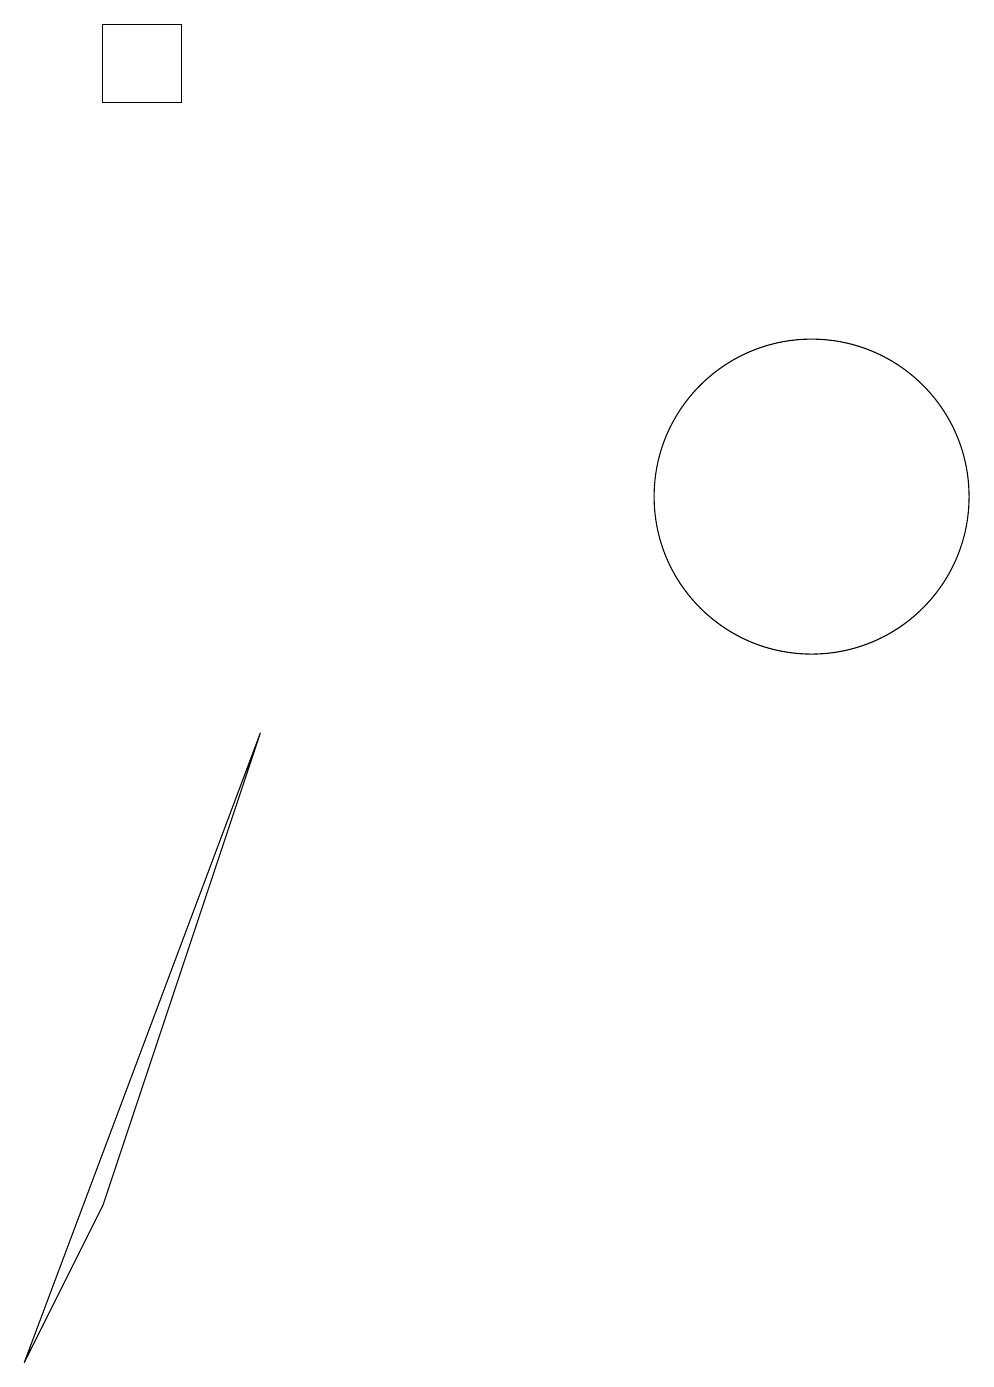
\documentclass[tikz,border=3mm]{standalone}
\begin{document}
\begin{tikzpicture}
\draw (4,17) rectangle (3,18);
\draw (11,12) circle (0);
\draw (12,12) circle (2);
\draw (2,1) -- (5,9) -- (3,3) -- cycle;
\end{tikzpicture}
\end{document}